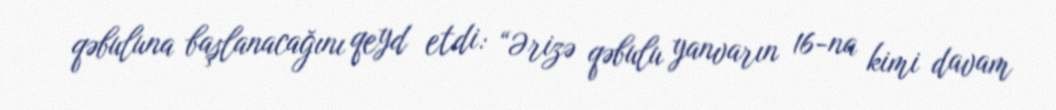
qəbuluna başlanacağını qeyd etdi: “Ərizə qəbulu yanvarın 16-na kimi davam